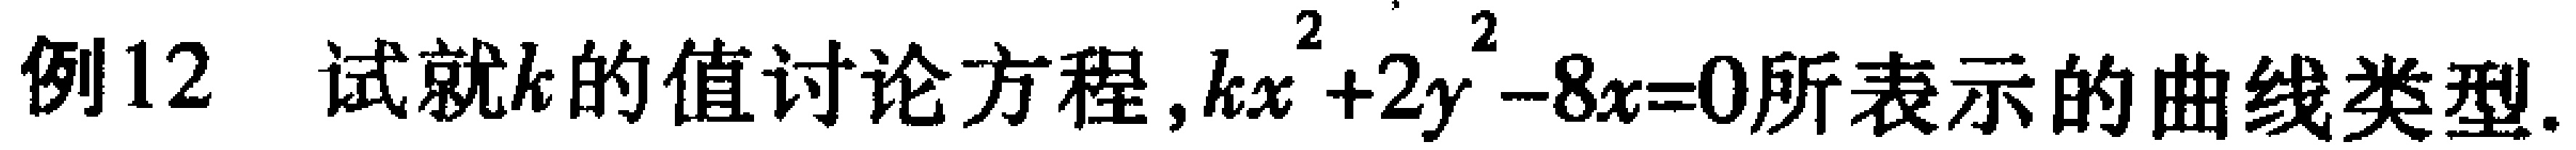
例12 试就\(k\)的值讨论方程,\(kx^{2}+2y^{2}-8x = 0\)所表示的曲线类型.